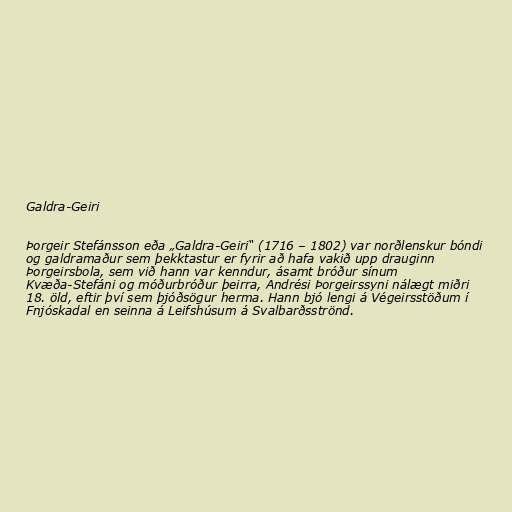
Galdra-Geiri

Þorgeir Stefánsson eða „Galdra-Geiri“ (1716 – 1802) var norðlenskur bóndi
og galdramaður sem þekktastur er fyrir að hafa vakið upp drauginn
Þorgeirsbola, sem við hann var kenndur, ásamt bróður sínum
Kvæða-Stefáni og móðurbróður þeirra, Andrési Þorgeirssyni nálægt miðri
18. öld, eftir því sem þjóðsögur herma. Hann bjó lengi á Végeirsstöðum í
Fnjóskadal en seinna á Leifshúsum á Svalbarðsströnd.